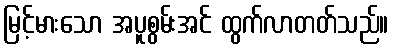
မြင့်မားသော အပူစွမ်းအင် ထွက်လာတတ်သည်။